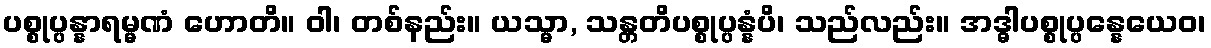
ပစ္စုပ္ပန္နာရမ္မဏံ ဟောတိ။ ဝါ၊ တစ်နည်း။ ယသ္မာ, သန္တတိပစ္စုပ္ပန္နံပိ၊ သည်လည်း။ အဒ္ဓါပစ္စုပ္ပန္နေယေဝ၊